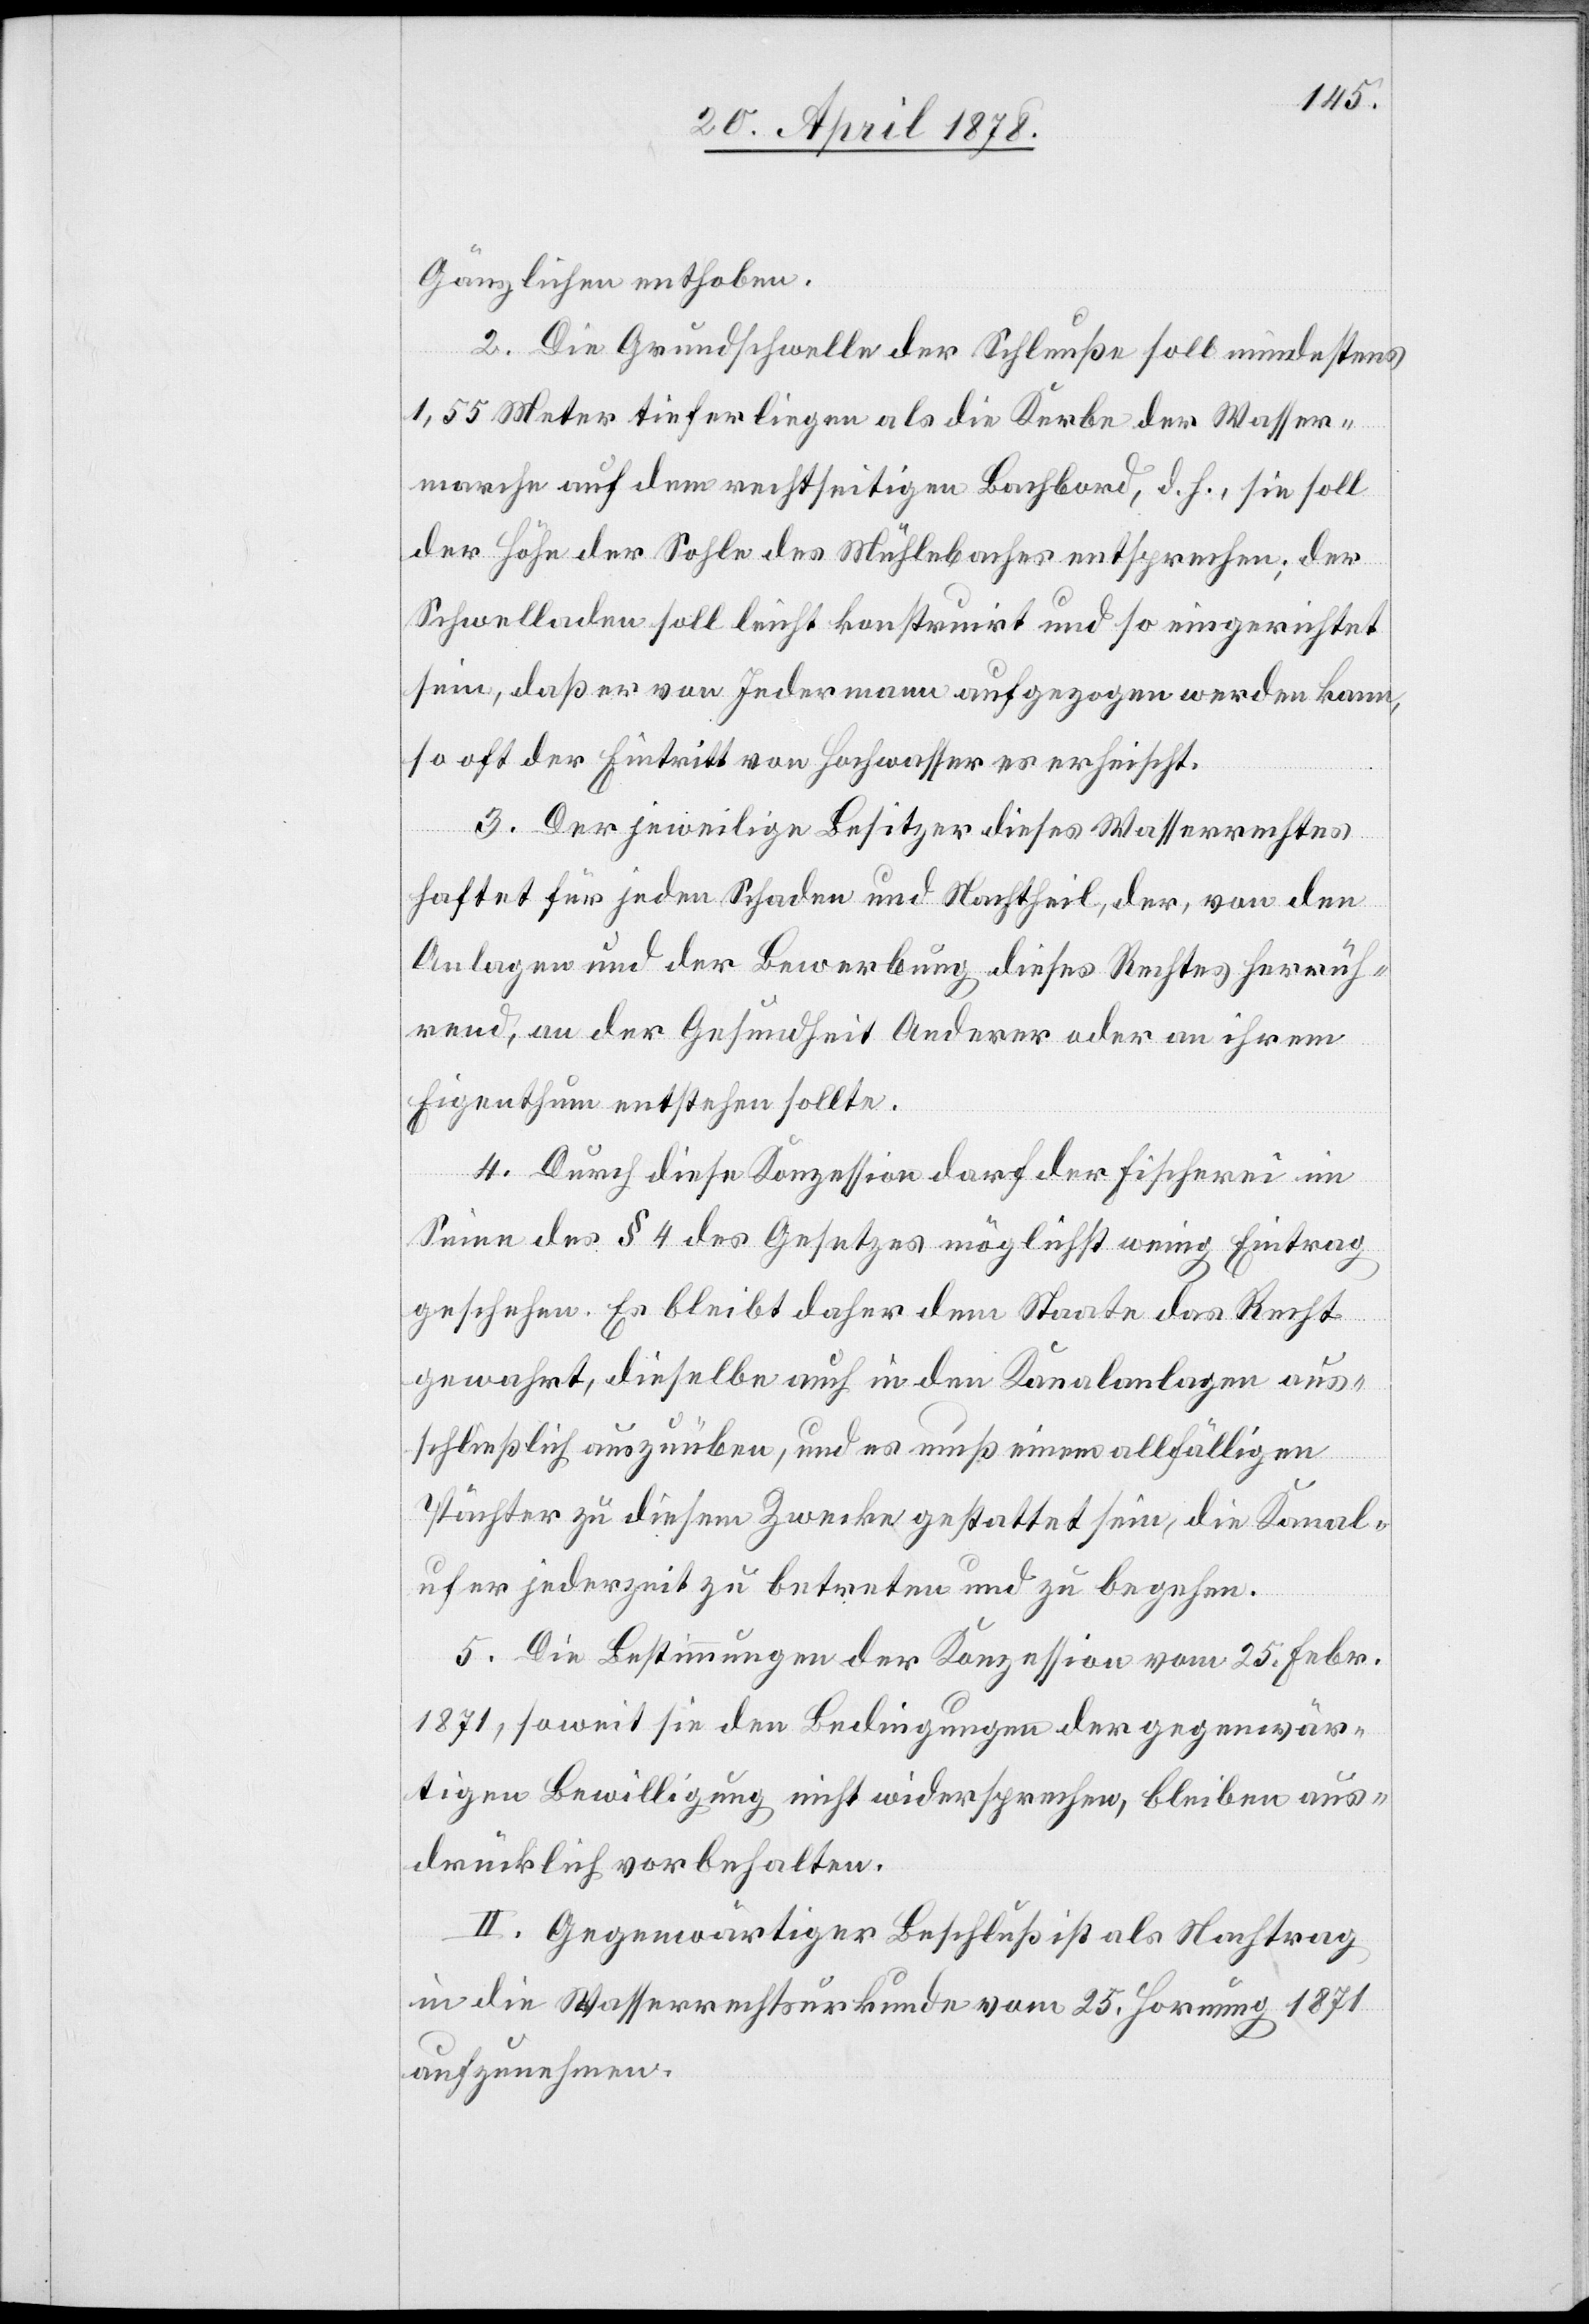
Gänzlichen enthoben.
2. Die Grundschwelle der Schleuße soll mindestens
1,55 Meter tiefer liegen als die Kerbe der Wasser¬
marche auf dem rechtseitigen Bachbord, d. h., sie soll
der Höhe der Sohle des Mühlebaches entsprechen; der
Schwelladen soll leicht konstruirt und so eingerichtet
sein, daß er von Jedermann aufgezogen werden kann,
so oft der Eintritt von Hochwasser es erheischt.
3. Der jeweilige Besitzer dieses Wasserrechtes
haftet für jeden Schaden und Nachtheil, der, von den
Anlagen und der Bewerbung dieses Rechtes herrüh¬
rend, an der Gesundheit Anderer oder an ihrem
Eigenthum entstehen sollte.
4. Durch diese Konzession darf der Fischerei im
Sinn des § 4 des Gesetzes möglichst wenig Eintrag
geschehen. Es bleibt daher dem Staate das Recht
gewahrt, dieselbe auch in den Kanalanlagen aus¬
schließlich auszuüben, und es muß einem allfälligen
Pächter zu diesem Zwecke gestattet sein, die Kanal¬
ufer jederzeit zu betreten und zu begehen.
5. Die Bestimmungen der Konzession vom 25. Febr.
1871, soweit sie den Bedingungen der gegenwär¬
tigen Bewilligung nicht widersprechen, bleiben aus¬
drücklich vorbehalten.
II. Gegenwärtiger Beschluß ist als Nachtrag
in die Wasserrechtsurkunde vom 25. Hornung 1871
aufzunehmen.